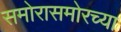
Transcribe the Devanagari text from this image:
समोरासमोरच्या